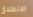
الانطلاق